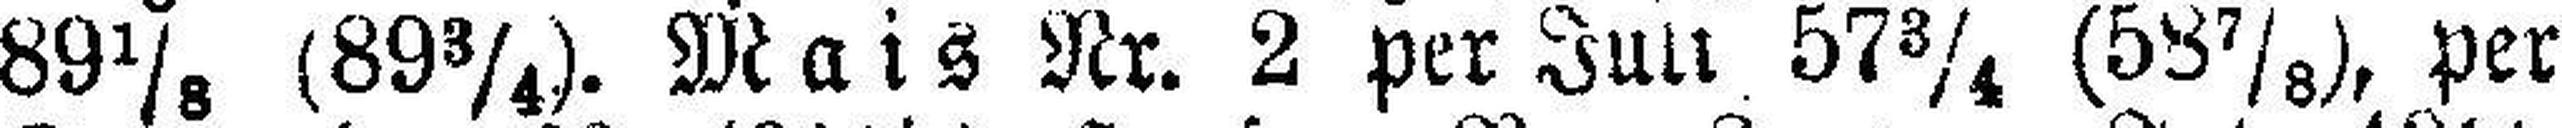
89⅛ (89¾). Mais Nr. 2 per Juli 57¾ (58⅞), per